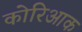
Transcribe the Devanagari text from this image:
कोरिआक